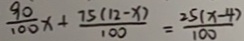
\frac { 9 0 } { 1 0 0 } x + \frac { 7 5 ( 1 2 - x ) } { 1 0 0 } = \frac { 2 5 ( x - 4 ) } { 1 0 0 }